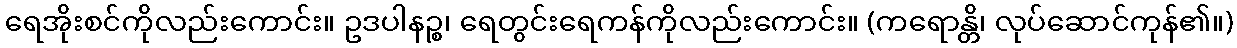
ရေအိုးစင်ကိုလည်းကောင်း။ ဥဒပါနဉ္စ၊ ရေတွင်းရေကန်ကိုလည်းကောင်း။ (ကရောန္တိ၊ လုပ်ဆောင်ကုန်၏။)